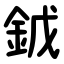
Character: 龯